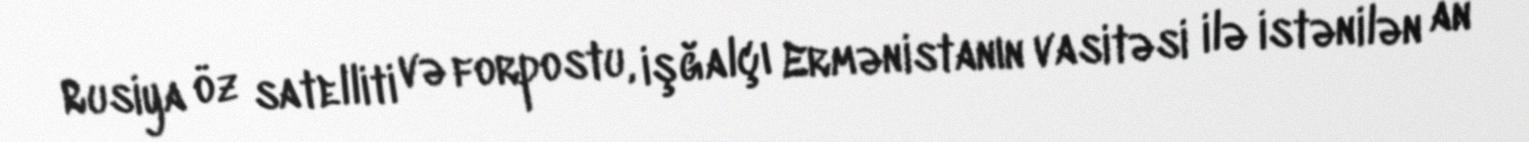
Rusiya öz satelliti və forpostu, işğalçı Ermənistanın vasitəsi ilə istənilən an